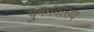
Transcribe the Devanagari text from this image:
पुनर्नवासव